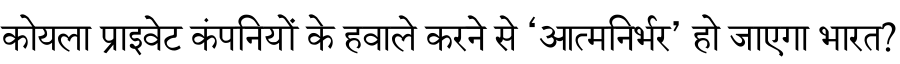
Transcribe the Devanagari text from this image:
कोयला प्राइवेट कंपनियों के हवाले करने से ‘आत्मनिर्भर’ हो जाएगा भारत?